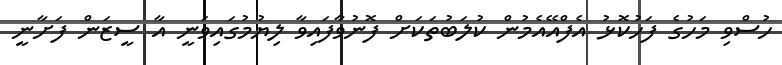
ހުސްވި މަހުގެ ފަހުކޮޅު އެފްއޭއެމުން ކުލަބުތަކަށް ފޮނުވާފައިވާ ލިޔުމުގައިވަނީ އާ ސީޒަން ފަށާނީ